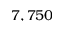
7 , 7 5 0